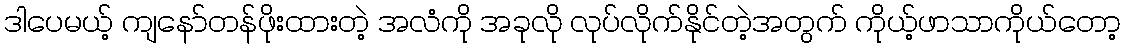
ဒါပေမယ့် ကျနော်တန်ဖိုးထားတဲ့ အလံကို အခုလို လုပ်လိုက်နိုင်တဲ့အတွက် ကိုယ့်ဖာသာကိုယ်တော့